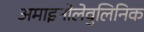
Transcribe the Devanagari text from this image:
अमाइनोलेवुलिनिक